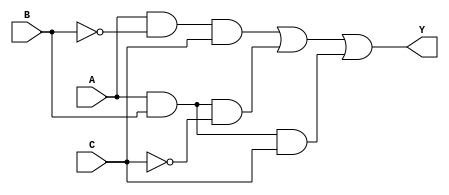

//Solucin SOP
//gateLevel
module SOP(input wire A,B,C, output wire Y);

wire w1,w2,w3,w4,w5;
	
	not (w1,B);
	not (w2,C);
	
	and (w3,A,w1,C);
	and (w4,A,B,w2);
	and (w5,A,B,C);
	
	or (Y,w3,w4,w5);
	
endmodule

//Solucin POS
//gateLevel
module POS(input wire A,B,C, output wire Y);

wire w1,w2,w3,w4,w5,w6,w7,w8;
	
	not (w1,A);
	not (w2,B);
	not (w3,C);

	or (w4,A,B,C);
	or (w5,A,B,w3);
	or (w6,A,w2,C);
	or (w7,A,w2,w3);
	or (w8,w1,B,C);
	
	and (Y,w4,w5,w6,w7,w8);
	
endmodule

//Solucin Karnaug
//gateLevel
module Karnaug(input wire A,B,C, output wire Y);

wire w1,w2;

	and (w1,A,B);
	and (w2,A,C);
	
	or (Y,w1,w2);

endmodule

//Solucin SOP
//operadores

module SOP_operadores(input wire A,B,C, output wire Y);

	assign Y= (A & ~B & C)|(A & B & ~C)|(A & B & C);
	
endmodule

//Solucin POS 
//operadores

module POS_operadores(input wire A,B,C, output wire Y);

	assign Y=(A|B|C)&(A|B|~C)&(A|~B|C)&(A|~B|~C)&(~A|B|C);
	
endmodule

//Solucin Karnaug
//operadores

module Karnaug_operadores(input wire A,B,C, output wire Y);

	assign Y=(A&B)|(A&C);
	
endmodule